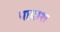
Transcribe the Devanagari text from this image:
पादाश